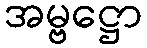
အမ္ဗဋ္ဌော